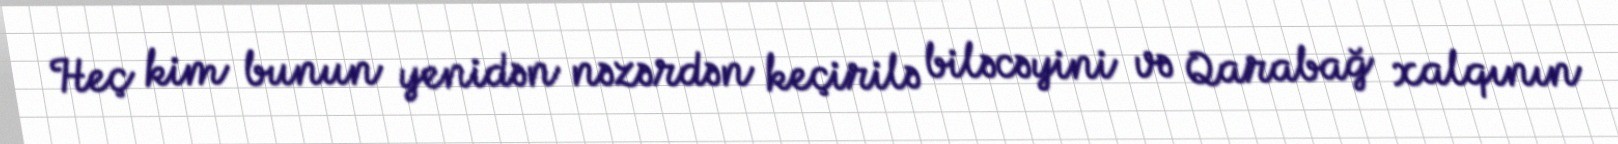
Heç kim bunun yenidən nəzərdən keçirilə biləcəyini və Qarabağ xalqının